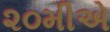
૨૦મીએ